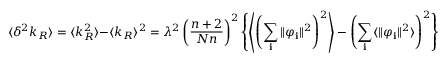
\langle \delta ^ { 2 } k _ { R } \rangle = \langle k _ { R } ^ { 2 } \rangle - \langle k _ { R } \rangle ^ { 2 } = \lambda ^ { 2 } \left( \frac { n + 2 } { N n } \right) ^ { 2 } \left\{ \left\langle \left( \sum _ { \bf i } \Vert \varphi _ { \bf i } \Vert ^ { 2 } \right) ^ { 2 } \right\rangle - \left( \sum _ { \bf i } \langle \Vert \varphi _ { \bf i } \Vert ^ { 2 } \rangle \right) ^ { 2 } \right\}